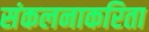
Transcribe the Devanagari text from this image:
संकलनाकरिता